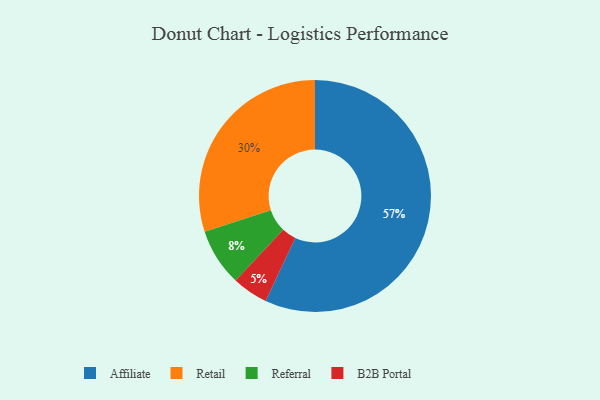
{"axis": {"x": "Category", "y": "Percentage"}, "legend": ["Affiliate", "B2B Portal", "Referral", "Retail"], "data": [{"x": "B2B Portal", "y": 5, "type": "B2B Portal"}, {"x": "Referral", "y": 8, "type": "Referral"}, {"x": "Retail", "y": 30, "type": "Retail"}, {"x": "Affiliate", "y": 57, "type": "Affiliate"}]}